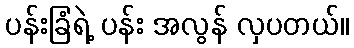
ပန်းခြံရဲ့ ပန်း အလွန် လှပတယ်။